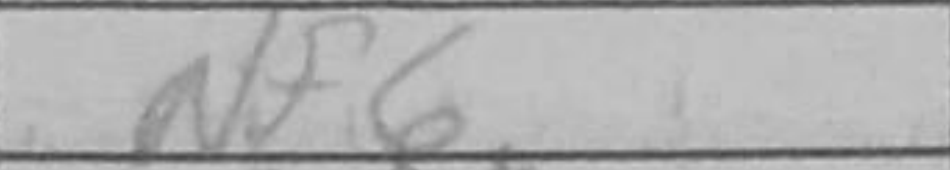
Transcription: Nf6